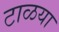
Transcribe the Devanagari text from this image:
टाळया